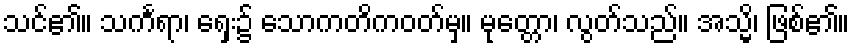
သင်၏။ သင်္ကရာ၊ ရှေး၌ သောကတိကဝတ်မှ။ မုတ္တော၊ လွတ်သည်။ အသ္မိ၊ ဖြစ်၏။